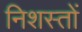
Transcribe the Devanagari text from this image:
निशस्तों